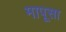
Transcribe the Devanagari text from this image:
मापूसा